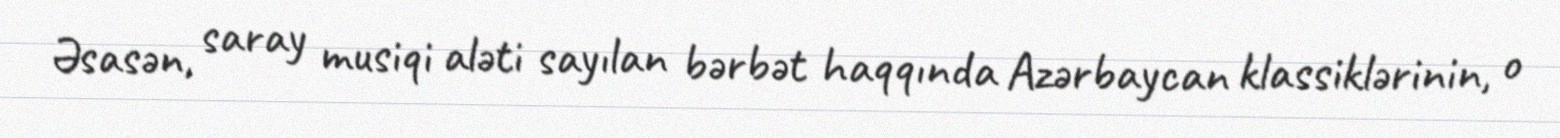
Əsasən, saray musiqi aləti sayılan bərbət haqqında Azərbaycan klassiklərinin, o